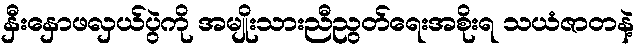
နှီးနှောဖလှယ်ပွဲကို အမျိုးသားညီညွတ်ရေးအစိုးရ သယံဇာတနဲ့